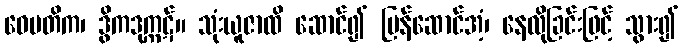
ဝေမတိက၊ ဒွိကဒုက္ကဋ်။ သုံးယူဇာထိ ဆောင်၍ ပြန်ဆောင်အံ့၊ နေလိုခြင်းဖြင့် သွား၍